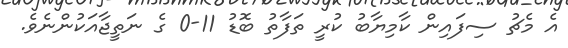
އެ މެޗު ސިފައިން ކާމިޔާބު ކުރީ ތަފާތު ބޮޑު 11-0 ގެ ނަތީޖާއަކުންނެވެ.